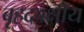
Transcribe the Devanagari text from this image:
बृहदवक्षीय